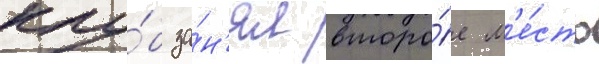
клу́б за́н'ял второ́е м'е́сто